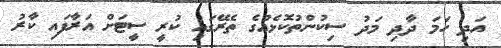
އަދި ހަމަ ދާދި މަދު ސިކުންތުކޮޅެއްގެ ތެރޭގައި ކުރީ ސީޓަށް އަރާފައި ކާރު